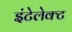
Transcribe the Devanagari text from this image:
इंटेलेक्ट